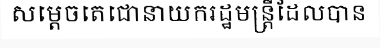
សម្តេចតេជោនាយករដ្ឋមន្ត្រីដែលបាន